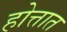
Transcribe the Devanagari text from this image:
होत्तात